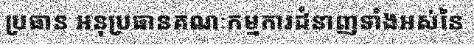
ប្រធាន អនុប្រធានគណៈកម្មការជំនាញទាំងអស់នៃ